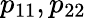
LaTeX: p_{11},p_{22}